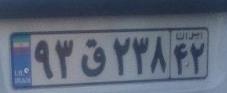
۹۳ق۲۳۸۴۲